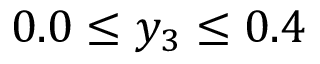
0 . 0 \leq y _ { 3 } \leq 0 . 4